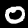
Digit: 0